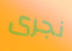
نجرى